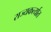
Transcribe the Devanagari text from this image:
राज्यकर्त्यात